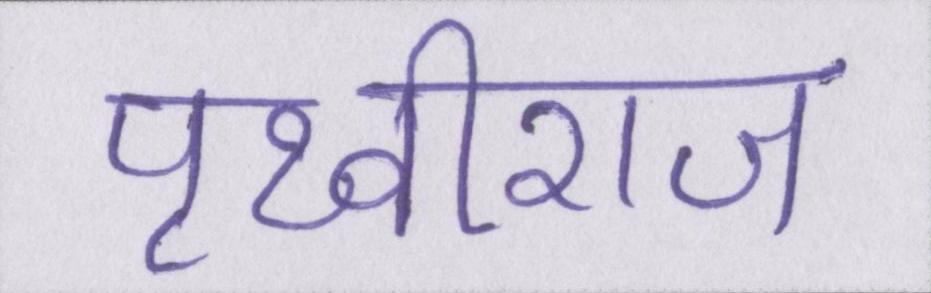
पृथ्वीराज